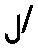
၂/